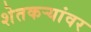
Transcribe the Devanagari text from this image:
शेतकर्‍यांवर